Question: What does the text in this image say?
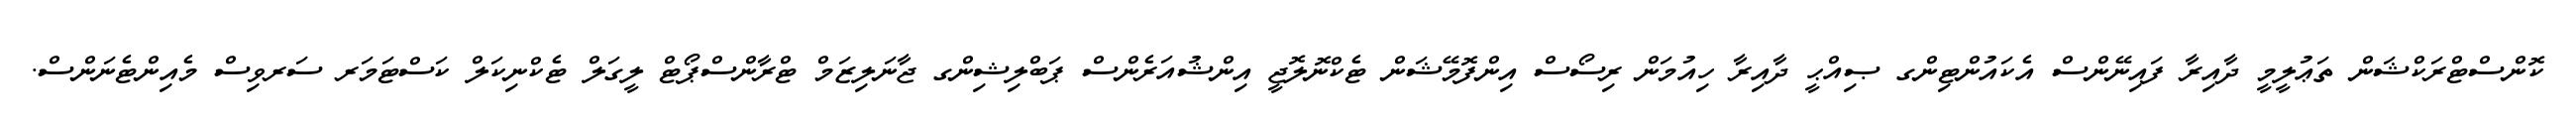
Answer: ކޮންސްޓްރަކްޝަން ތަޢުލީމީ ދާއިރާ ފައިނޭންސް އެކައުންޓިންގ ޞިއްޙީ ދާއިރާ ހިއުމަން ރިސޯސް އިންފޮމޭޝަން ޓެކްނޮލޮޖީ އިންޝުއަރެންސް ޕަބްލިޝިންގ ޖާނަލިޒަމް ޓްރާންސްޕޯޓް ލީގަލް ޓެކްނިކަލް ކަސްޓަމަރ ސަރވިސް މެއިންޓެނަންސް.